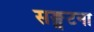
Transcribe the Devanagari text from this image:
सङ्घटना